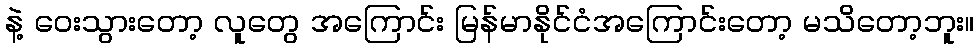
နဲ့ ဝေးသွားတော့ လူတွေ အကြောင်း မြန်မာနိုင်ငံအကြောင်းတော့ မသိတော့ဘူး။